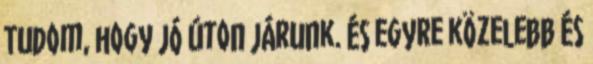
Tudom, hogy jó úton járunk. És egyre közelebb és